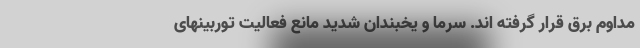
مداوم برق قرار گرفته اند. سرما و یخبندان شدید مانع فعالیت توربینهای